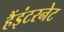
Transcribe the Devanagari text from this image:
हैंइंटरनेट